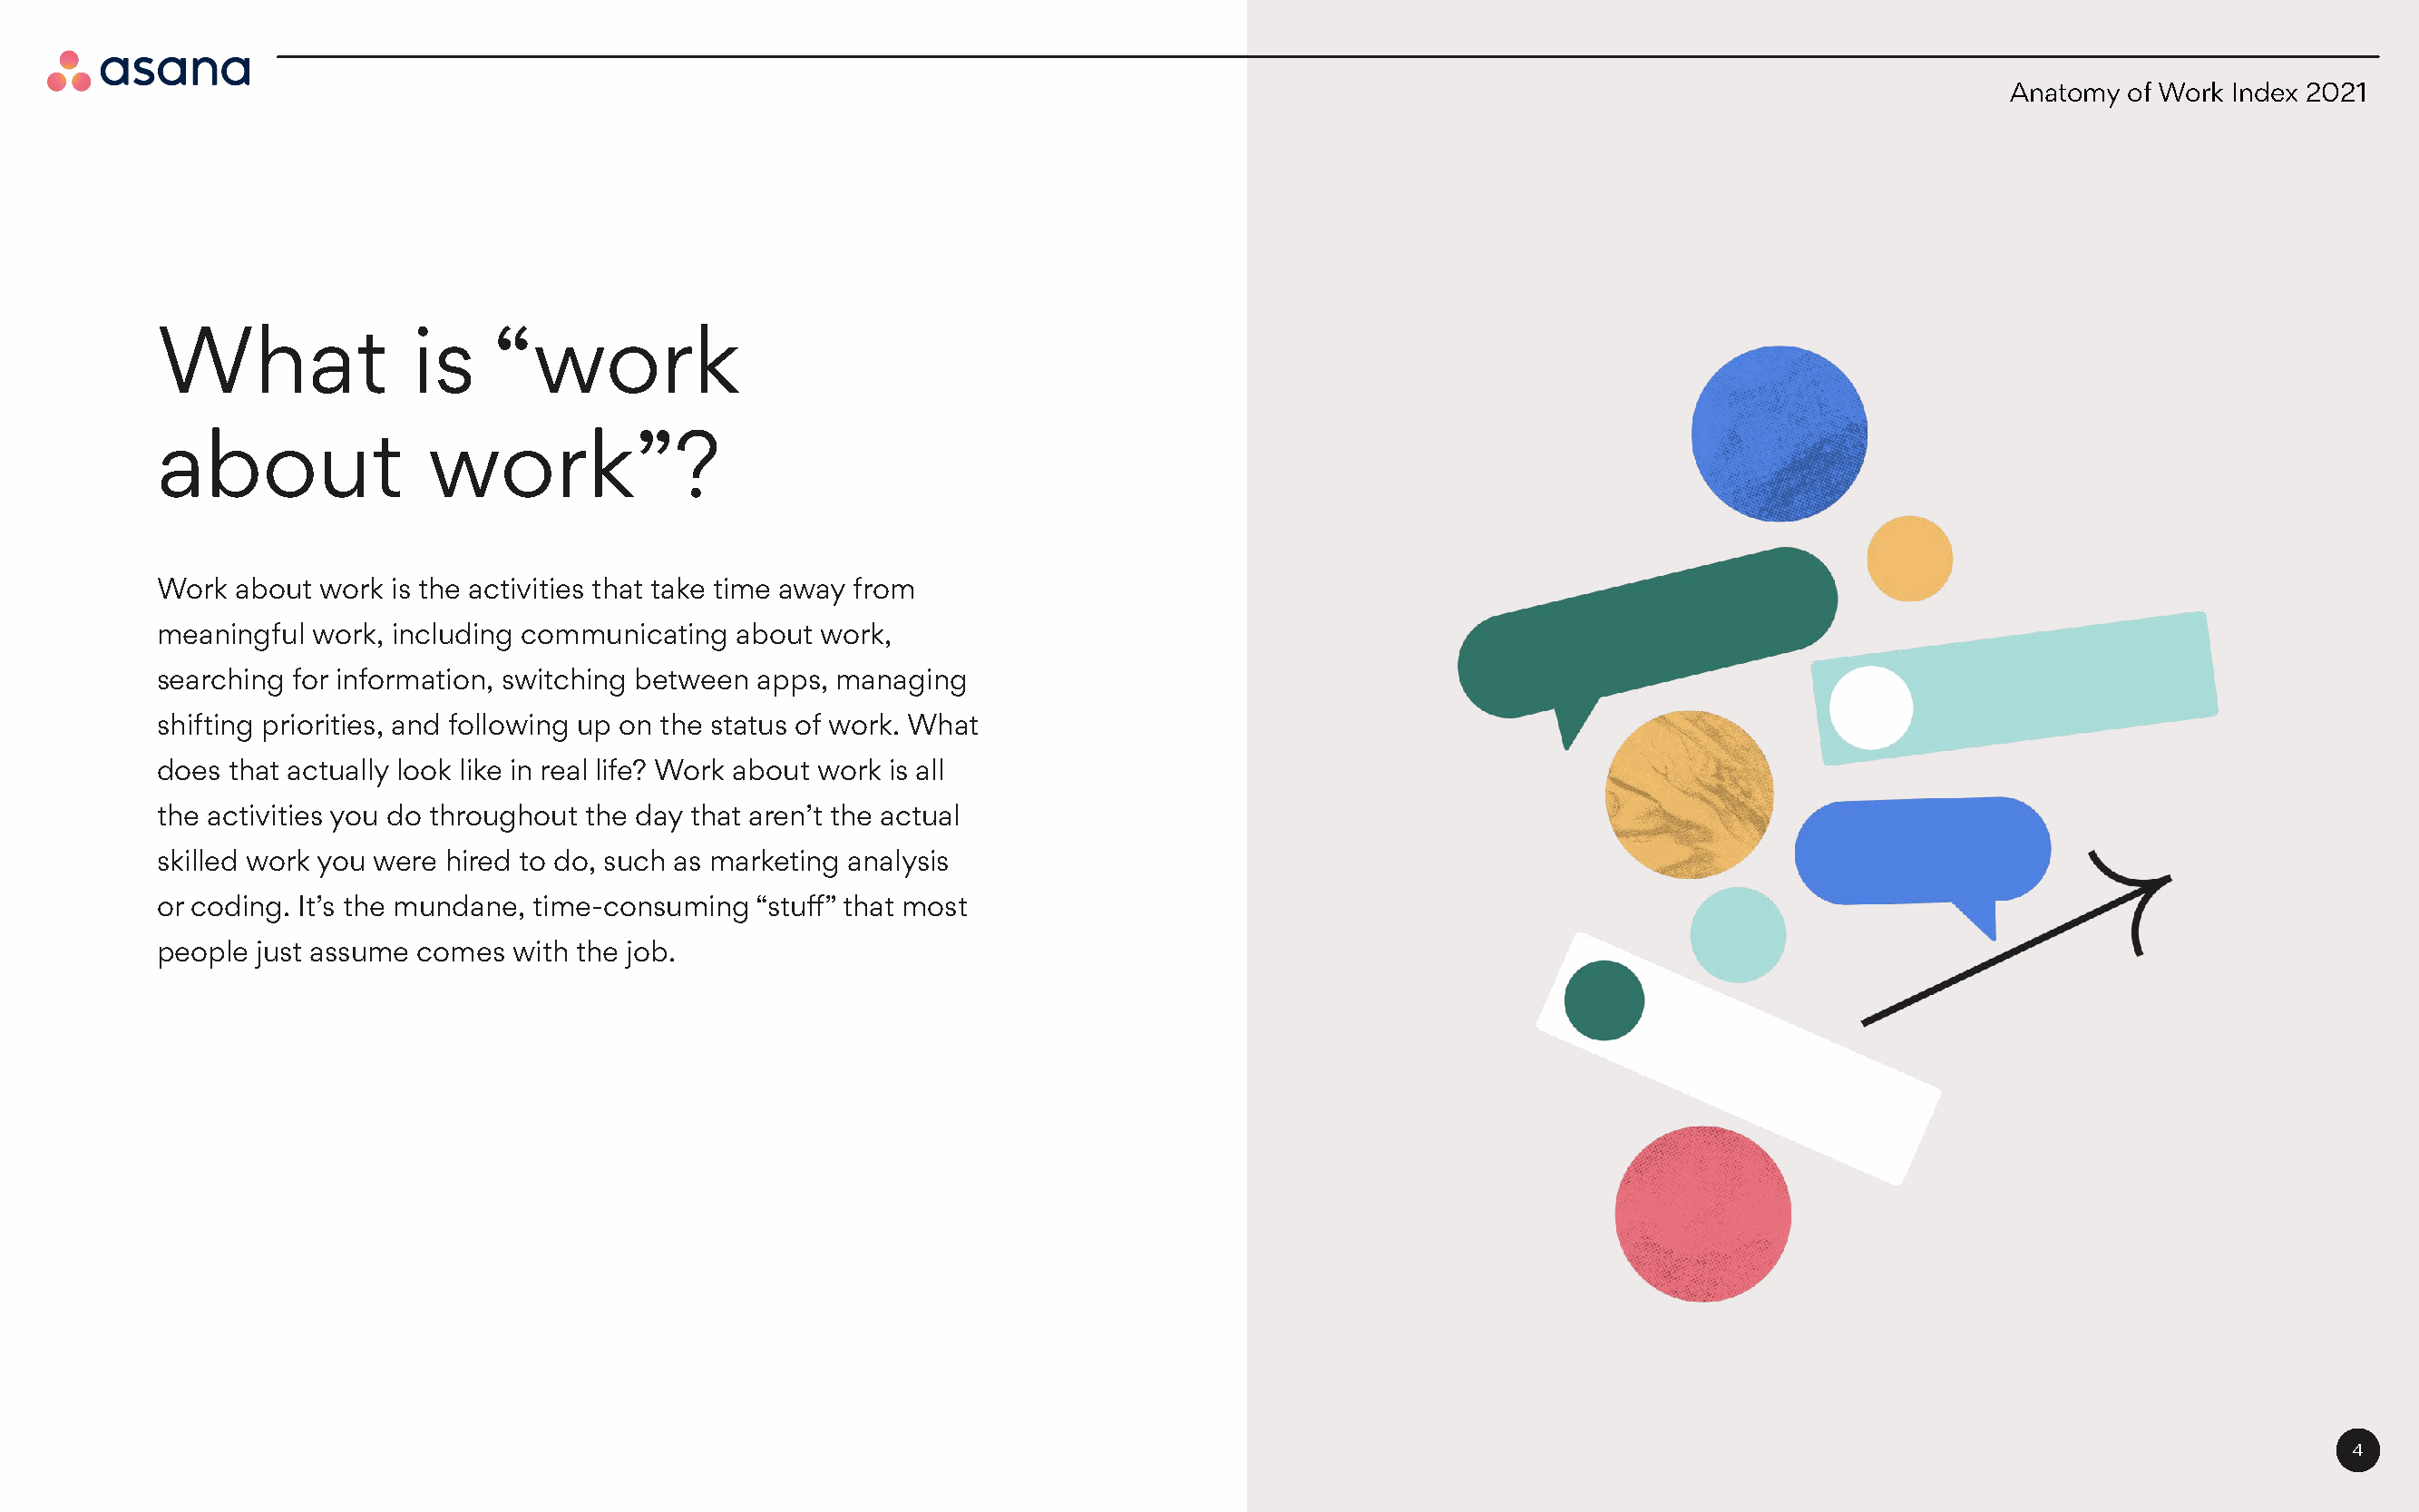
Anatomy of Work Index 2021
 What               is    “work
 about               work”?
 Work  about work  is the activities that take time away from
 meaningful  work, including communicating  about work,
 searching for information, switching between apps, managing
 shifting priorities, and following up on the status of work. What
 does  that actually look like in real life? Work about work is all
 the activities you do throughout the day that aren’t the actual
 skilled work you were hired to do, such as marketing analysis
 or coding. It’s the mundane, time-consuming “stuff” that most
 people  just assume comes with the job.
 4